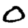
Digit: 0